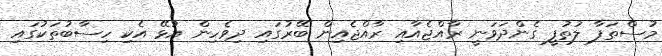
މުސްތަފާ ލުތުފީ ގެންދަވަނީ ރާއްޖެއާއި ރާއްޖެއިން ބޭރުގައި ދިވެހިން އުޅޭ އެކި ހިސާބުތަކުގައި